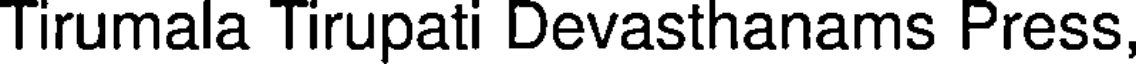
Tirumala Tirupati Devasthanams Press